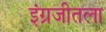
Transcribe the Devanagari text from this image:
इंग्रजीतला